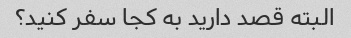
البته قصد دارید به کجا سفر کنید؟